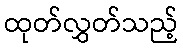
ထုတ်လွှတ်သည့်